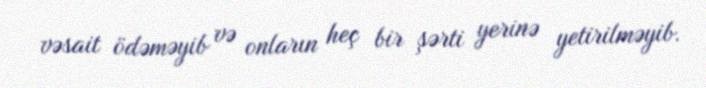
vəsait ödəməyib və onların heç bir şərti yerinə yetirilməyib.